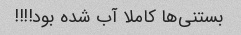
بستنی‌ها کاملا آب شده بود!!!!